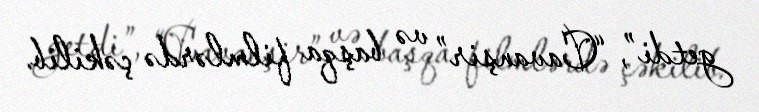
getdi”, “Cavanşir” və başqa filmlərdə çəkilib.